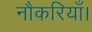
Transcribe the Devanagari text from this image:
नौकरियाँ।